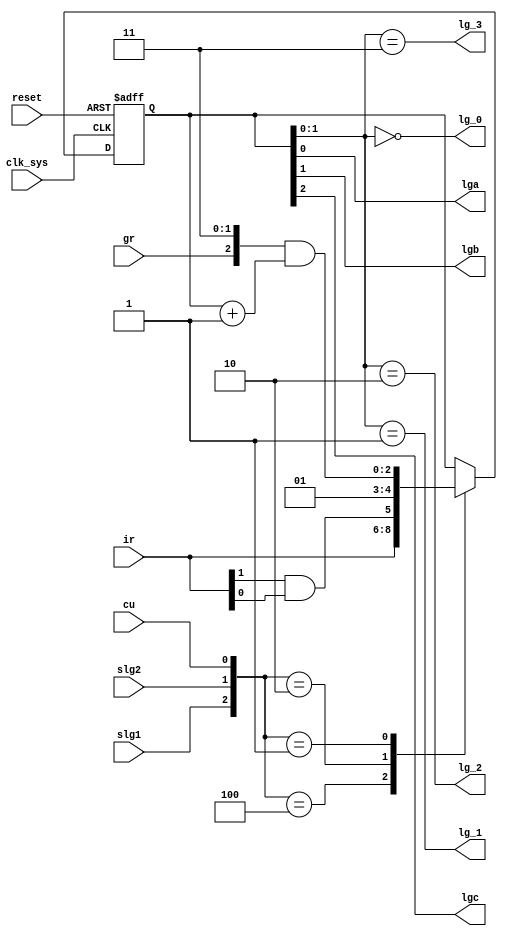
// This program was cloned from: https://github.com/jakubfi/mera400f
// License: GNU General Public License v2.0

// Group counter

module lg(
	input clk_sys,
	input reset,
	input cu,
	input gr,
	input slg1, slg2,
	input [7:9] ir,
	output lg_0, lg_1, lg_2, lg_3,
	output lga, lgb, lgc
);

	// @ slg1: at the start of execution cycle loads ir[7:9]
	// @ slg2: for register group operations loads first register number

	reg [0:2] lg;
	always @ (posedge clk_sys, posedge reset) begin
		if (reset) lg <= 3'd0;
		else case ({slg1, slg2, cu})
			3'b100: lg <= ir[7:9];
			3'b010: lg <= {(ir[8] & ir[9]), 2'b01};
			3'b001: lg <= {gr, 2'b11} & (lg + 1'b1);
			default: lg <= lg;
		endcase
	end

	assign lga = lg[2];
	assign lgb = lg[1];
	assign lgc = lg[0];
	assign lg_3 = lg[1:2] == 3;
	assign lg_2 = lg[1:2] == 2;
	assign lg_1 = lg[1:2] == 1;
	assign lg_0 = lg[1:2] == 0;

endmodule

// vim: tabstop=2 shiftwidth=2 autoindent noexpandtab